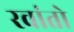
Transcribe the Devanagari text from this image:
रवांतो